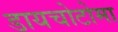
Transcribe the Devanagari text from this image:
डायचोटोमा